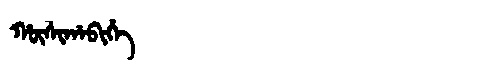
Manchu: ᡥᡡᠰᡳᡥᠠᠪᡳᡥᡝ
Romanization: HŪSIHABIHE